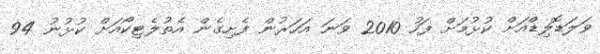
ވަލަޑޮލިޑްއަށް ކުޅުމަށް ފަހު 2010 ވަނަ އަހަރުން ފެށިގެން އެތުލެޓިކޯއަށް ކުޅުނު 94